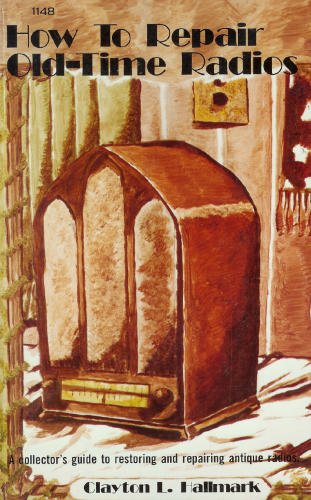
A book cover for How to Repair Old-Time Radios; Clayton L. Hallmark; Crafts, Hobbies & Home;